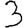
Digit: 3